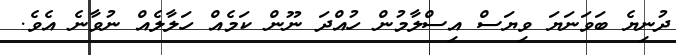
ދުނިޔެ ބަވަނަޔަ ވިޔަސް އިސްލާމުން ހުއްދަ ނޫން ކަމެއް ހަލާލެއް ނުވާނެ އެވެ.